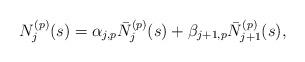
LaTeX: \begin{align*}N_{j}^{(p)}(s)=\alpha_{j,p}\bar N_{j}^{(p)}(s)+\beta_{j+1,p}\bar N_{j+1}^{(p)}(s), \end{align*}